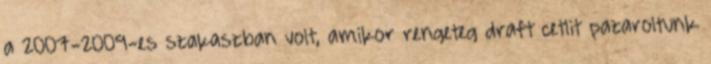
a 2007-2009-es szakaszban volt, amikor rengeteg draft cetlit pazaroltunk